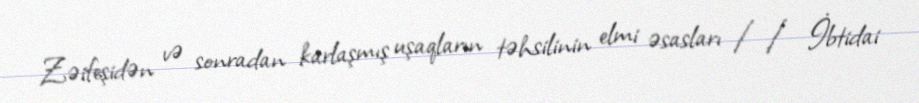
Zəifeşidən və sonradan karlaşmış uşaqların təhsilinin elmi əsasları // İbtidai